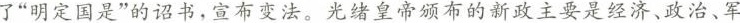
了”明定国是”的诏书，宣布变法。光绪皇帝颁布的新政主要是经济、政治、军